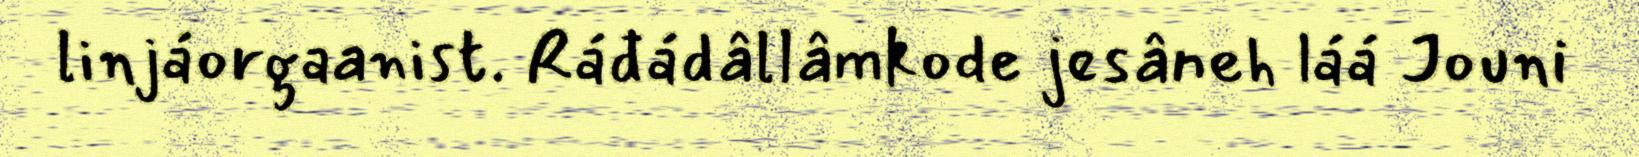
linjáorgaanist. Ráđádâllâmkode jesâneh láá Jouni